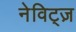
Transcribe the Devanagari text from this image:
नेविट्ज़